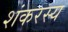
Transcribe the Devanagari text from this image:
शंकरस्य